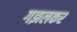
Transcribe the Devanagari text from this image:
गझलकर